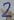
Text: 2